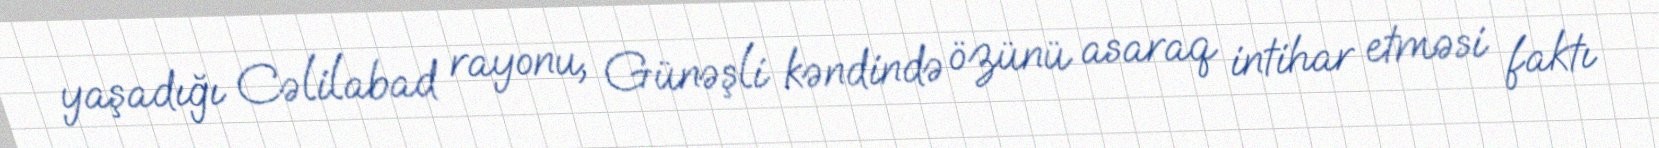
yaşadığı Cəlilabad rayonu, Günəşli kəndində özünü asaraq intihar etməsi faktı